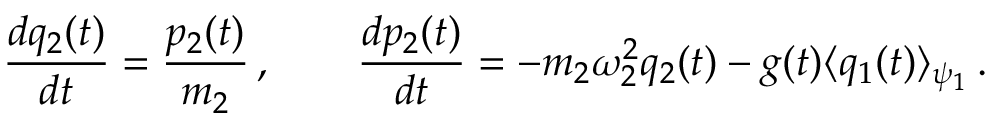
\frac { d q _ { 2 } ( t ) } { d t } = \frac { p _ { 2 } ( t ) } { m _ { 2 } } \, , \qquad \frac { d p _ { 2 } ( t ) } { d t } = - m _ { 2 } \omega _ { 2 } ^ { 2 } q _ { 2 } ( t ) - g ( t ) \langle q _ { 1 } ( t ) \rangle _ { \psi _ { 1 } } \, .